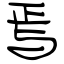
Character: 焉